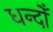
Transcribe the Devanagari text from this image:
धन्दोँ